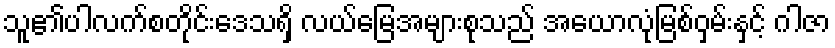
သူ၏ပါလက်စတိုင်းဒေသရှိ လယ်မြေအများစုသည် အေယာလုံမြစ်ဝှမ်းနှင့် ဂါဇာ